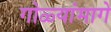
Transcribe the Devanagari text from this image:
गोळ्यांमागे